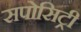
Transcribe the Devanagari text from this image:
सपोसिट्री